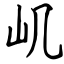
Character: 㞦